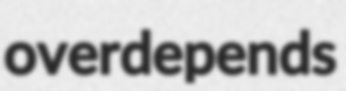
overdepends